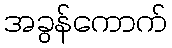
အခွန်ကောက်